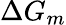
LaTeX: \Delta G_{m}